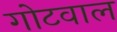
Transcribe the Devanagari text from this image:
गोटवाल